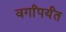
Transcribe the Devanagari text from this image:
वर्गांपर्यंत